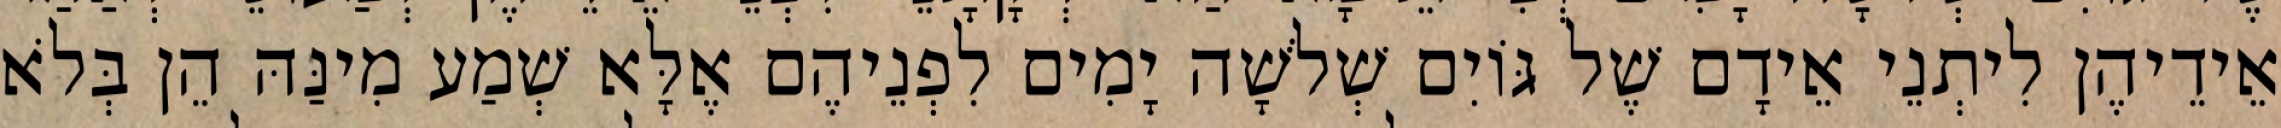
אֵידֵיהֶן לִיתְנֵי אֵידָם שֶׁל גּוֹיִם שְׁלֹשָׁה יָמִים לִפְנֵיהֶם אֶלָּא שְׁמַע מִינַּהּ הֵן בְּלֹא